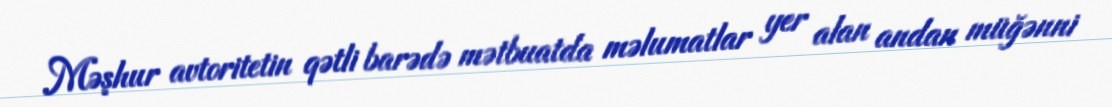
Məşhur avtoritetin qətli barədə mətbuatda məlumatlar yer alan andan müğənni